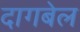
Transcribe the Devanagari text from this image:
दागबेल